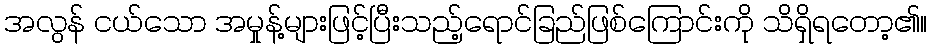
အလွန် ငယ်သော အမှုန့်များဖြင့်ပြီးသည့်ရောင်ခြည်ဖြစ်ကြောင်းကို သိရှိရတော့၏။